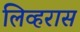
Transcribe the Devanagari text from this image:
लिव्हरास